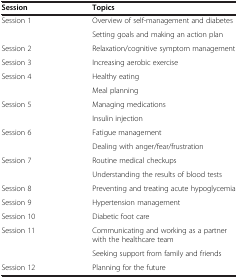
<table><thead><tr><td><b>Session</b></td><td><b>Topics</b></td></tr></thead><tbody><tr><td rowspan="2">Session 1</td><td>Overview of self-management and diabetes</td></tr><tr><td>Setting goals and making an action plan</td></tr><tr><td>Session 2</td><td>Relaxation/cognitive symptom management</td></tr><tr><td>Session 3</td><td>Increasing aerobic exercise</td></tr><tr><td rowspan="2">Session 4</td><td>Healthy eating</td></tr><tr><td>Meal planning</td></tr><tr><td rowspan="2">Session 5</td><td>Managing medications</td></tr><tr><td>Insulin injection</td></tr><tr><td rowspan="2">Session 6</td><td>Fatigue management</td></tr><tr><td>Dealing with anger/fear/frustration</td></tr><tr><td rowspan="2">Session 7</td><td>Routine medical checkups</td></tr><tr><td>Understanding the results of blood tests</td></tr><tr><td>Session 8</td><td>Preventing and treating acute hypoglycemia</td></tr><tr><td>Session 9</td><td>Hypertension management</td></tr><tr><td>Session 10</td><td>Diabetic foot care</td></tr><tr><td rowspan="2">Session 11</td><td>Communicating and working as a partner with the healthcare team</td></tr><tr><td>Seeking support from family and friends</td></tr><tr><td>Session 12</td><td>Planning for the future</td></tr></tbody></table>